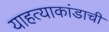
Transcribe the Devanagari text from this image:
याहत्याकांडाची